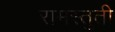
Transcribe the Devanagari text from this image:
रामस्तुती